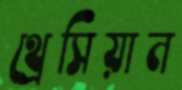
থ্রেসিয়ান